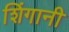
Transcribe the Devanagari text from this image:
शिंगानी